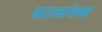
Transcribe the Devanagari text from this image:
फालांक्स